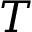
T